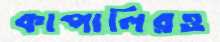
কাপালিরও